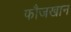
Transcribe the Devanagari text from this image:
फौजखान